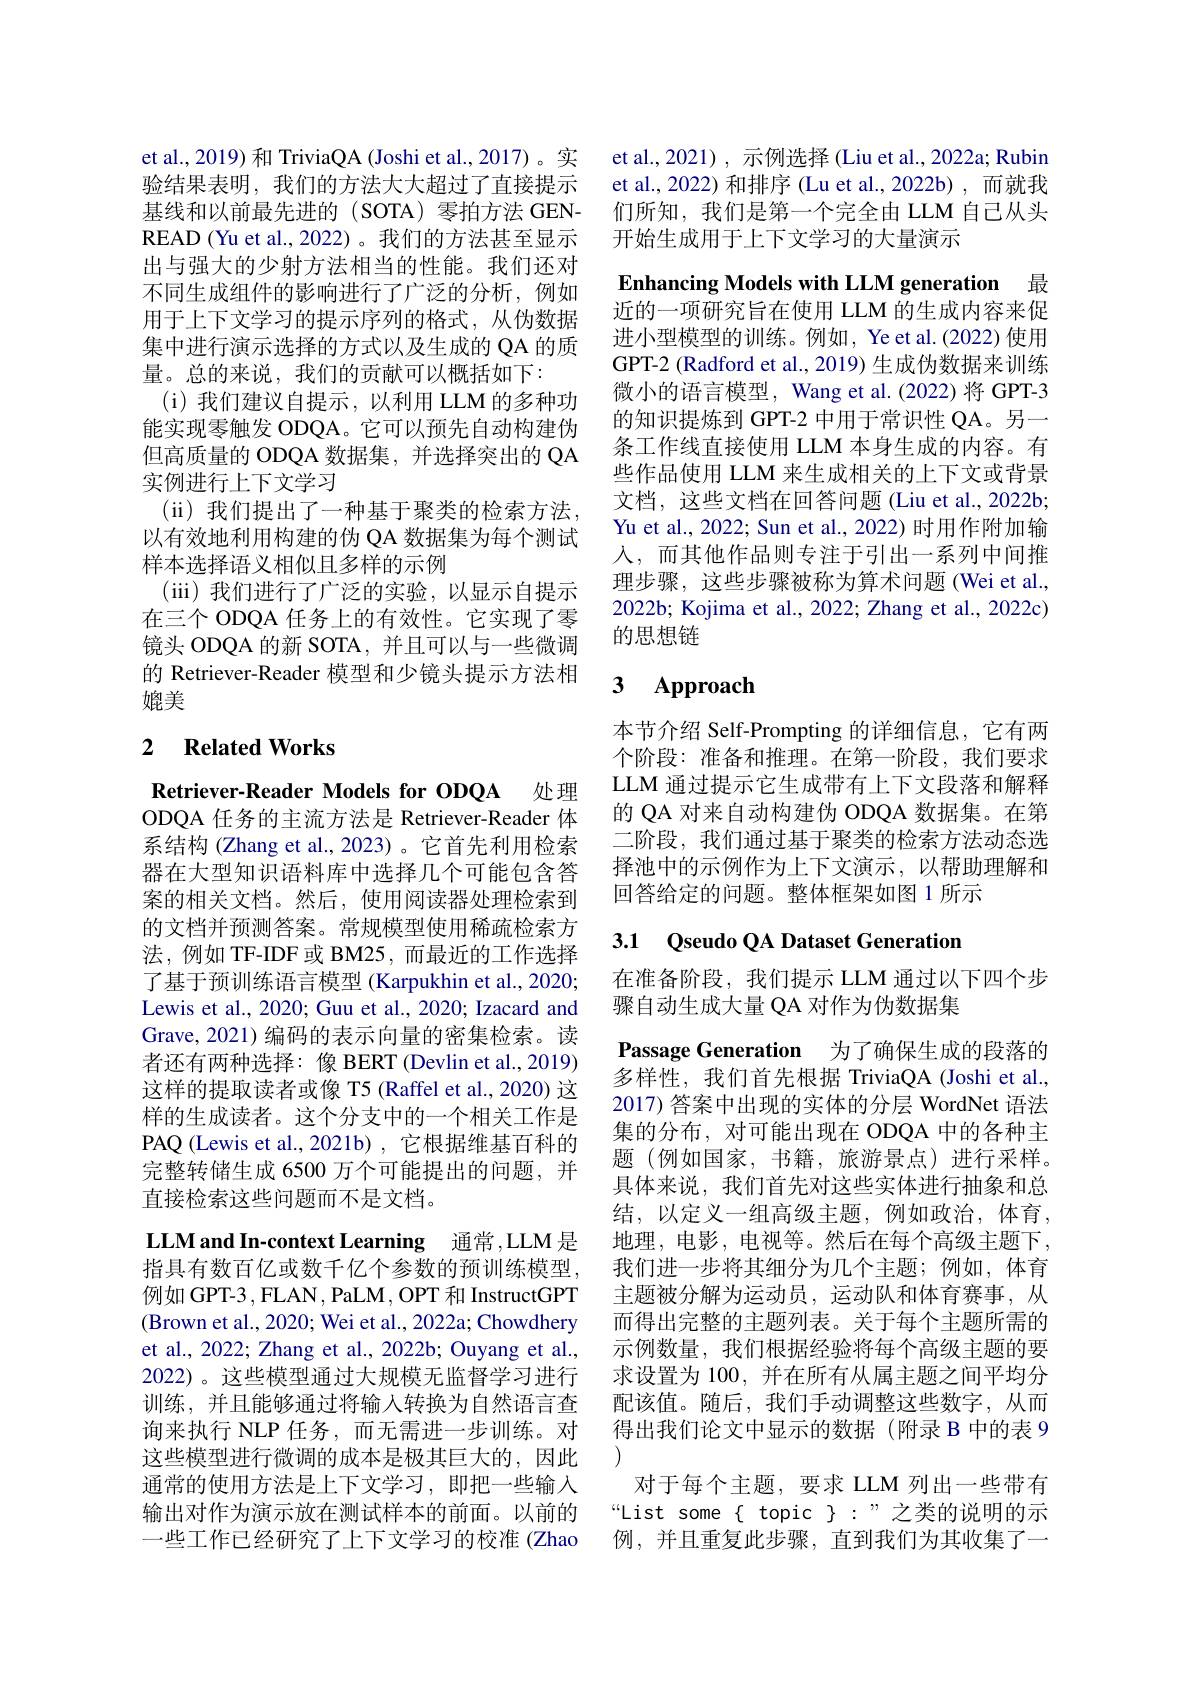
et al.,2021) , 示例选择 (Liu et al.,2022a; Rubin et al., 2022) 和排序 (Lu et al., 2022b) ,而就我们所知，我们是第一个完全由 LLM 自己从头开始生成用于上下文学习的大量演示

et al., 2019) 和 TriviaQA (Joshi et al., 2017)。实验结果表明，我们的方法大大超过了直接提示基线和以前最先进的(SOTA)零拍方法 GENREAD (Yu et al., 2022) 。我们的方法甚至显示出与强大的少射方法相当的性能。我们还对不同生成组件的影响进行了广泛的分析，例如用于上下文学习的提示序列的格式，从伪数据集中进行演示选择的方式以及生成的 QA 的质量。总的来说，我们的贡献可以概括如下：
(i)我们建议自提示，以利用 LLM 的多种功能实现零触发 ODQA。它可以预先自动构建伪但高质量的 ODQA 数据集，并选择突出的 QA 实例进行上下文学习
(ii) 我们提出了一种基于聚类的检索方法， 以有效地利用构建的伪 QA 数据集为每个测试样本选择语义相似且多样的示例
(iii)我们进行了广泛的实验，以显示自提示在三个 ODQA 任务上的有效性。它实现了零镜头 ODQA 的新 SOTA, 并且可以与一些微调的 Retriever-Reader 模型和少镜头提示方法相媲美

## 2 $\textbf{Related Works}$

Retriever-Reader Models for ODQA 处理ODQA 任务的主流方法是 Retriever-Reader 体系结构 (Zhang et al.,2023)。它首先利用检索器在大型知识语料库中选择几个可能包含答案的相关文档。然后，使用阅读器处理检索到的文档并预测答案。常规模型使用稀疏检索方法，例如 TF-IDF 或 BM25,而最近的工作选择了基于预训练语言模型 (Karpukhin et al., 2020; Lewis et al., 2020; Guu et al., 2020; Izacard and Grave, 2021) 编码的表示向量的密集检索。读者还有两种选择：像 BERT (Devlin et al.,2019) 这样的提取读者或像 T5 (Raffel et al., 2020) 这样的生成读者。这个分支中的一个相关工作是PAQ (Lewis et al., 2021b) , 它根据维基百科的完整转储生成 6500 万个可能提出的问题，并直接检索这些问题而不是文档。

LLM and In-context Learning 通常，LLM是

指具有数百亿或数千亿个参数的预训练模型， 例如 GPT-3 , FLAN , PaLM, OPT 和 InstructGPT (Brown et al., 2020; Wei et al., 2022a; Chowdhery et al., 2022; Zhang et al., 2022b; Ouyang et al., 2022)。这些模型通过大规模无监督学习进行训练，并且能够通过将输入转换为自然语言查询来执行 NLP 任务，而无需进一步训练。对这些模型进行微调的成本是极其巨大的，因此通常的使用方法是上下文学习，即把一些输入输出对作为演示放在测试样本的前面。以前的一些工作已经研究了上下文学习的校准 (Zhao

Enhancing Models with LLM generation 最近的一项研究旨在使用 LLM 的生成内容来促进小型模型的训练。例如，Ye et al.(2022) 使用GPT-2 (Radford et al., 2019) 生成伪数据来训练微小的语言模型，Wang et al.(2022)将 GPT-3的知识提炼到 GPT-2 中用于常识性 QA。另一条工作线直接使用 LLM 本身生成的内容。有些作品使用 LLM 来生成相关的上下文或背景文档，这些文档在回答问题 (Liu et al., 2022b; Yu et al., 2022; Sun et al., 2022) 时用作附加输人，而其他作品则专注于引出一系列中间推理步骤，这些步骤被称为算术问题(Wei et al., 2022b; Kojima et al., 2022; Zhang et al., 2022c) 的思想链

### $\textbf{3}$ $\textbf{Approach}$

本节介绍 Self-Prompting 的详细信息，它有两个阶段：准备和推理。在第一阶段，我们要求LLM 通过提示它生成带有上下文段落和解释的 QA 对来自动构建伪 ODQA 数据集。在第二阶段，我们通过基于聚类的检索方法动态选择池中的示例作为上下文演示，以帮助理解和回答给定的问题。整体框架如图 1 所示

## 3.1 Qseudo QA Dataset Generation

在准备阶段，我们提示 LLM 通过以下四个步
骤自动生成大量 QA 对作为伪数据集

Passage Generation 为了确保生成的段落的多样性，我们首先根据 TriviaQA (Joshi et al., 2017) 答案中出现的实体的分层 WordNet 语法集的分布，对可能出现在 ODQA 中的各种主题(例如国家，书籍，旅游景点)进行采样。具体来说，我们首先对这些实体进行抽象和总结，以定义一组高级主题，例如政治，体育， 地理，电影，电视等。然后在每个高级主题下， 我们进一步将其细分为几个主题；例如，体育主题被分解为运动员，运动队和体育赛事，从而得出完整的主题列表。关于每个主题所需的示例数量，我们根据经验将每个高级主题的要求设置为 100, 并在所有从属主题之间平均分配该值。随后，我们手动调整这些数字，从而得出我们论文中显示的数据(附录 B 中的表 9
对于每个主题，要求 LLM 列出一些带有“List some{ topic }:”之类的说明的示例，并且重复此步骤，直到我们为其收集了一